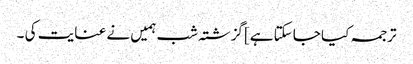
ترجمہ کیا جاسکتا ہے]گزشتہ شب ہمیں نے عنایت کی ۔